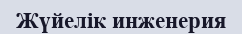
Жүйелік инженерия